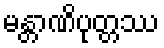
မန္တာဏိပုတ္တဿ